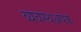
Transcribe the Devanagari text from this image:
व्यवस्थअपक